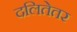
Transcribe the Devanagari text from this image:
दलितेतर